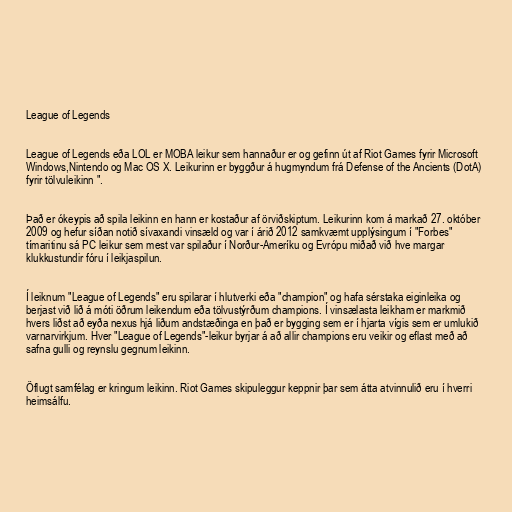
League of Legends

League of Legends eða LOL er MOBA leikur sem hannaður er og gefinn út af Riot Games fyrir Microsoft
Windows,Nintendo og Mac OS X. Leikurinn er byggður á hugmyndum frá Defense of the Ancients (DotA)
fyrir tölvuleikinn ".

Það er ókeypis að spila leikinn en hann er kostaður af örviðskiptum. Leikurinn kom á markað 27. október
2009 og hefur síðan notið sívaxandi vinsæld og var í árið 2012 samkvæmt upplýsingum í "Forbes"
tímaritinu sá PC leikur sem mest var spilaður í Norður-Ameríku og Evrópu miðað við hve margar
klukkustundir fóru í leikjaspilun.

Í leiknum "League of Legends" eru spilarar í hlutverki eða "champion" og hafa sérstaka eiginleika og
berjast við lið á móti öðrum leikendum eða tölvustýrðum champions. Í vinsælasta leikham er markmið
hvers liðst að eyða nexus hjá liðum andstæðinga en það er bygging sem er í hjarta vígis sem er umlukið
varnarvirkjum. Hver "League of Legends"-leikur byrjar á að allir champions eru veikir og eflast með að
safna gulli og reynslu gegnum leikinn.

Öflugt samfélag er kringum leikinn. Riot Games skipuleggur keppnir þar sem átta atvinnulið eru í hverri
heimsálfu.